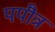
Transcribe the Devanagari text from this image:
पपौत्र